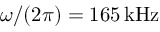
\omega / ( 2 \pi ) = 1 6 5 \, \mathrm { k H z }